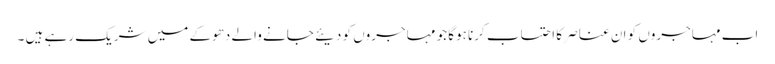
اب مہاجروں کو ان عناصر کا احتساب کرنا ہوگا جو مہاجروں کو دیئے جانے والے دھوکے میں شریک رہے ہیں ۔